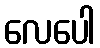
လေပေါ